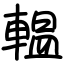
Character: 輼